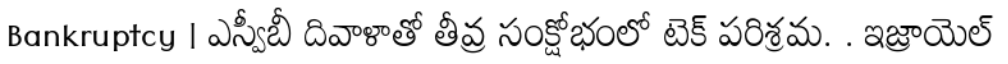
Bankruptcy | ఎస్వీబీ దివాళాతో తీవ్ర సంక్షోభంలో టెక్ పరిశ్రమ. . ఇజ్రాయెల్